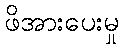
ဖိအားပေးမှု